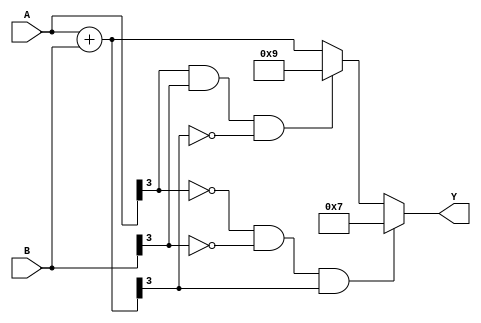
`timescale 1ns / 1ps
//////////////////////////////////////////////////////////////////////////////////
// Company: 
// Engineer: 
// 
// Design Name: 
// Module Name:    Sumador1 
// Project Name: 
// Target Devices: 
// Tool versions: 
// Description: 
//
// Dependencies: 
//
// Revision: 
// Revision 0.01 - File Created
// Additional Comments: 
//
//////////////////////////////////////////////////////////////////////////////////
module Sumador1#(parameter Width = 4, Signo = 1, Magnitud =2, Presicion = 1)// Parametros por senal
							(A, B, Y);					   //Entradas y salida
		 
		input [Width-1:0] A,B;			//Definir entradas
		output reg [Width-1:0] Y; 	//Define salidas						
		reg signed [Width-1:0] Aux; 			//Variable auxiliar para realizar calculos
		reg signed [Width-1:0] maximo;
		reg signed [Width-1:0] minimo;
		
		
		
		//assign Aux = A+B; 						//Operacin de suma
		
		always @*
			begin
			Aux = A+B;
			maximo = (2**(Width-1))-1;
			minimo = (2**(Width-1))+1;
			end
			
		always @*
			begin
			 	if (~A[Width-1] && ~B[Width-1] && Aux[Width-1])     //Verificacin de overflow 
				begin	
					//Y= 4'b1111;
					//Y = (2**(Width-1))-1;
					Y = maximo;
				 end
			
				else if (A[Width-1] && B[Width-1] && ~Aux[Width-1]) //Verificacin de overflow 
					begin 
					//Y=4'b1111;
					//Y=(2**(Width-1))+1;
					Y = minimo;
				 end 
						
				else
				begin
				Y = Aux;
				end
			end
endmodule